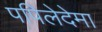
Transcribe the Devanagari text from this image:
पपिलेदेमा